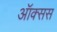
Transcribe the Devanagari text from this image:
ऑक्सस